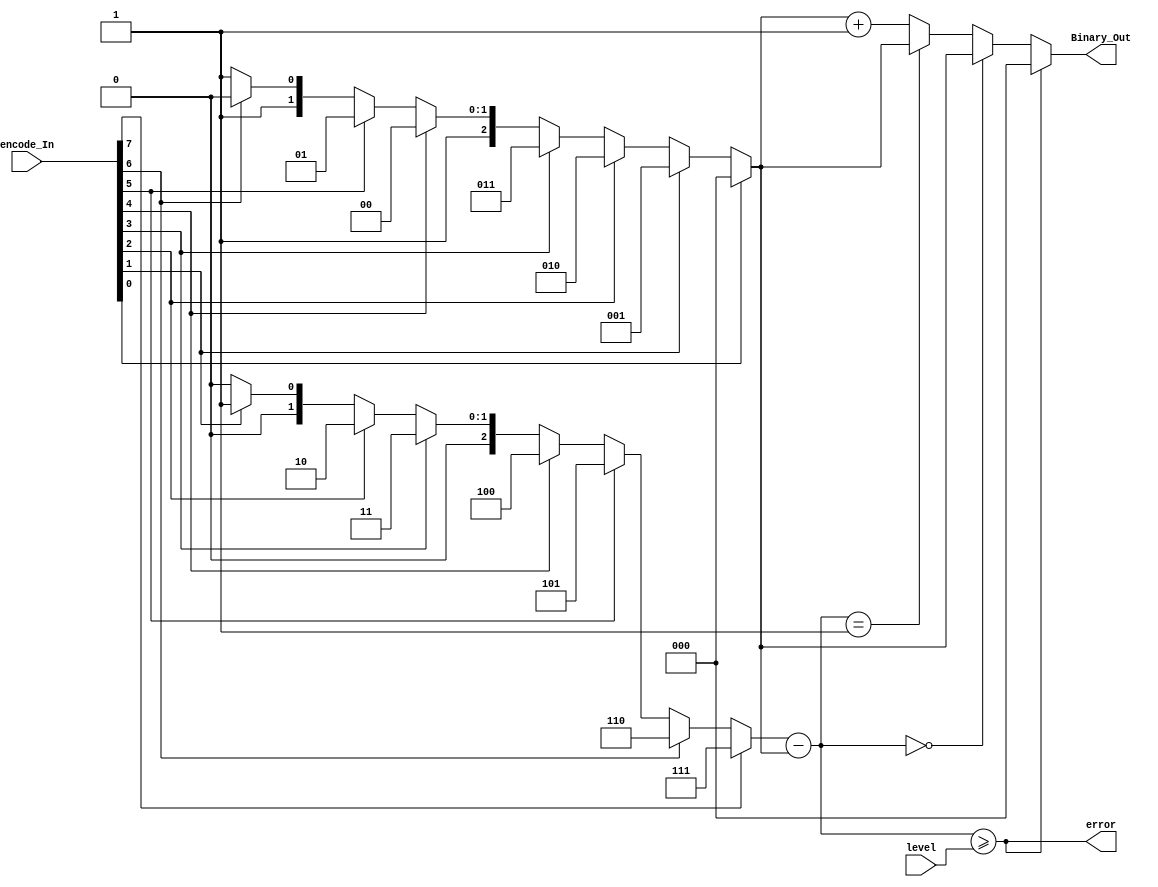
/**
 *
 *
 *  encode8b3b
 *  Encode 8 bits therometer code to 6 bits binary code
 *
 *  History:
 *  2019/02/25 Hanhan Sun    : Created
 *  2019/02/26 Datao Gong    : Revised
 *  2019/03/06 Hanhan Sun    : Revised and verified
 **/
`timescale 1ns/1ps

module encode8b3b
(
	input [7:0] encode_In, //therometer code in
	input [2:0] level,  //proper values of level ={1,2,3}
	output[2:0] Binary_Out,
    	output error   //error flag
);
	wire[2:0] right,left,diff;

	assign right= (encode_In[7]==1)? 3'd7:(  
			(encode_In[6]==1)? 3'd6:(  		
				(encode_In[5]==1)? 3'd5:(  		
					(encode_In[4]==1)? 3'd4:(  		
						(encode_In[3]==1)? 3'd3:(  							
							(encode_In[2]==1)? 3'd2:(  		
								(encode_In[1]==1)? 3'd1:3'd0))))));

	assign left= (encode_In[0]==1)? 3'd0:(  
			(encode_In[1]==1)? 3'd1:(  		
				(encode_In[2]==1)? 3'd2:(  		
					(encode_In[3]==1)? 3'd3:(  		
						(encode_In[4]==1)? 3'd4:(  							
							(encode_In[5]==1)? 3'd5:(  		
								(encode_In[6]==1)? 3'd6:3'd7))))));
	assign diff = right - left;
	assign error = diff >= level; 

	assign Binary_Out = error ? 3'b000:(       //if error, the output code is zero
						(diff == 3'b000)?left:(   //right = left, level == 1 
							(diff == 3'b001)?left:left+1));       
	 
endmodule